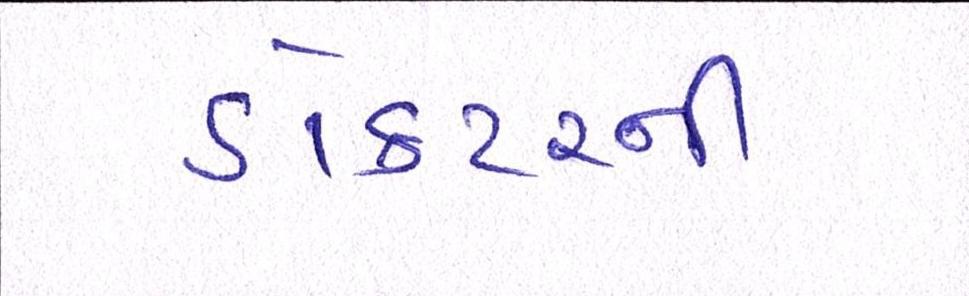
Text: ડોક્ટરની